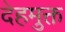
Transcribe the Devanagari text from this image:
देहमुक्त